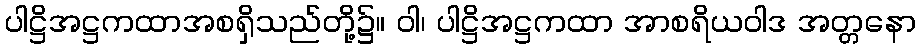
ပါဋ္ဌိအဋ္ဌကထာအစရှိသည်တို့၌။ ဝါ၊ ပါဋ္ဌိအဋ္ဌကထာ အာစရိယဝါဒ အတ္တနော